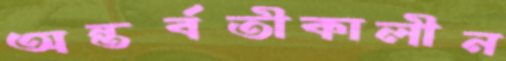
অন্তর্বতীকালীন